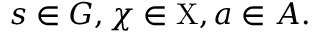
s \in G , \chi \in \mathrm { X } , a \in A .